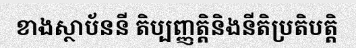
ខាងស្ថាប័ននី តិប្បញ្ញត្តិនិងនីតិប្រតិបត្តិ